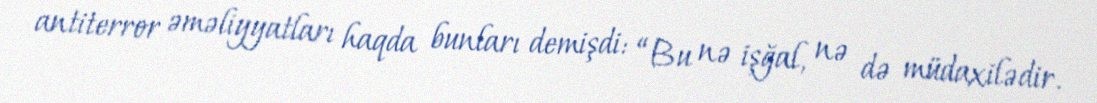
antiterror əməliyyatları haqda bunları demişdi: “Bu nə işğal, nə də müdaxilədir.